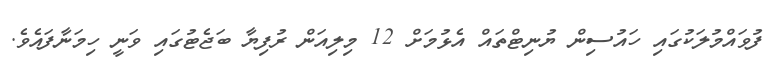
ފުވައްމުލަކުގައި ހައުސިން ޔުނިޓްތައް އެޅުމަށް 12 މިލިއަން ރުފިޔާ ބަޖެޓުގައި ވަނީ ހިމަނާފައެވެ.